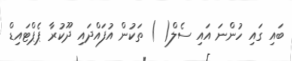
ބައި ގައި ހުންނަ އައި ސެލް( ) ތަކުން އުފައްދައި ދޫކުރާ ޕެޕްޓައިޑް